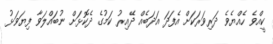
ކީއްވެ ހެއްޔެވެ ދަރިވަރަކަށް އެފަދަ އަދަބެއް ދޭއިރު ކަމުގެ ދެކޮޅަށް ނުބައްލަވާ ފިޔަވަޅު